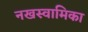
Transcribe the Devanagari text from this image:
नखस्वामिका